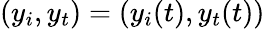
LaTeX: (y_{i},y_{t})=(y_{i}(t),y_{t}(t))